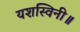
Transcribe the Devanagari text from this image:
यशस्विनी॥